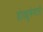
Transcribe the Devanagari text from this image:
डोक्युमेनटरी